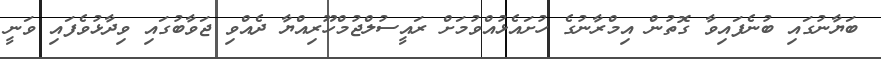
ބަޔާނުގައި ބުނެފައިވާ ގޮތުން އިމްރާނުގެ ހުށައެޅުއްވުމަށް ރައީސުލްޖުމްހޫރިއްޔާ ދެއްވި ޖަވާބުގައި ވިދާޅުވެފައި ވަނީ